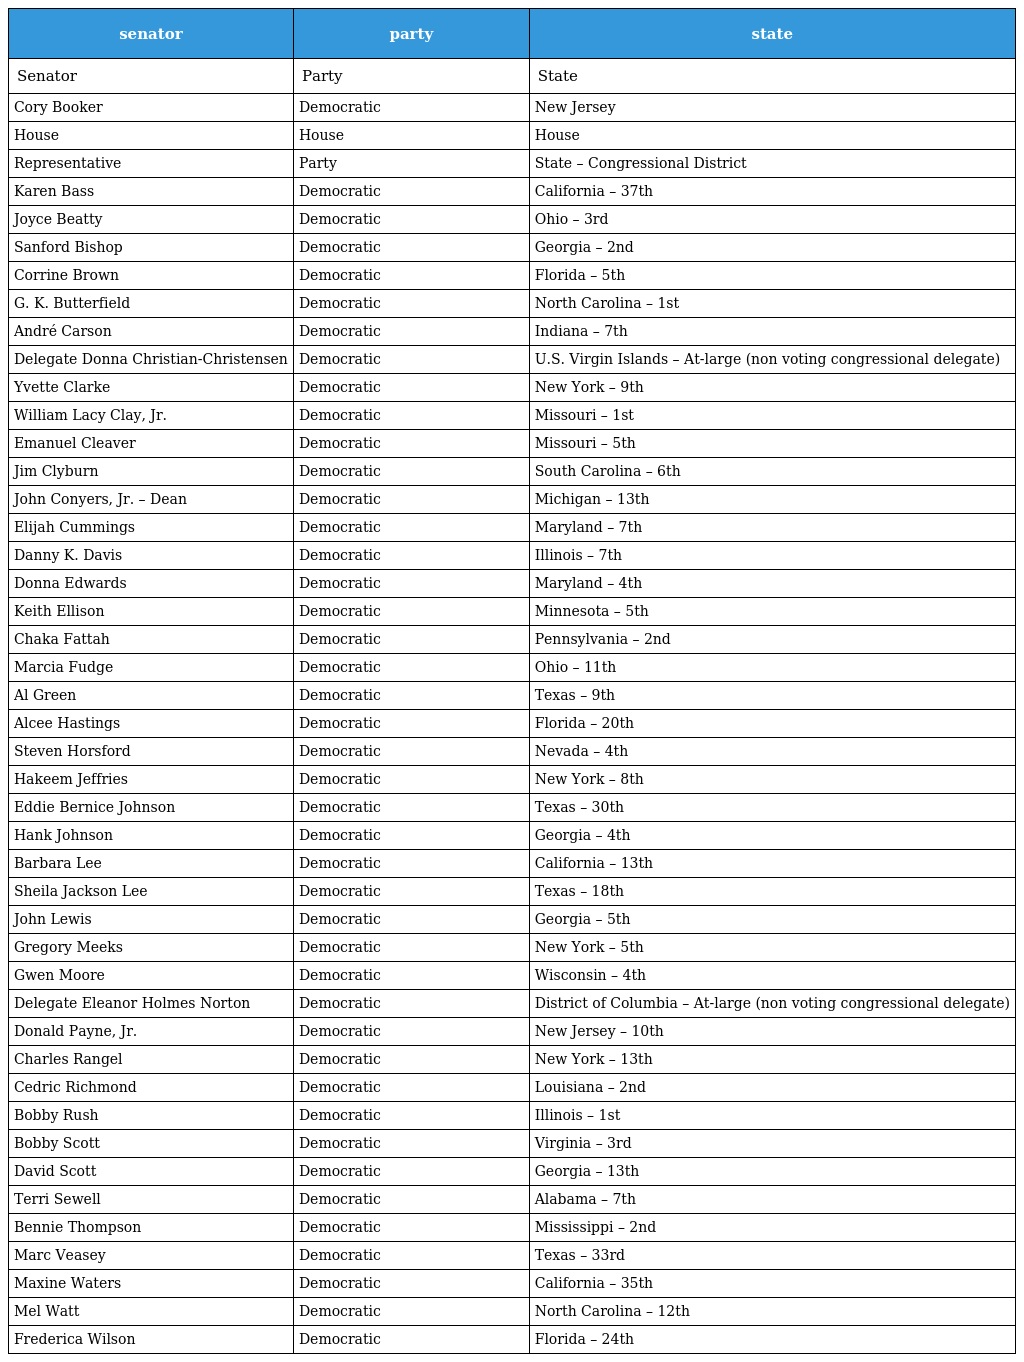
| senator | party | state |
 | --- | --- | --- |
 | Senator | Party | State |
 | Cory Booker | Democratic | New Jersey |
 | House | House | House |
 | Representative | Party | State – Congressional District |
 | Karen Bass | Democratic | California – 37th |
 | Joyce Beatty | Democratic | Ohio – 3rd |
 | Sanford Bishop | Democratic | Georgia – 2nd |
 | Corrine Brown | Democratic | Florida – 5th |
 | G. K. Butterfield | Democratic | North Carolina – 1st |
 | André Carson | Democratic | Indiana – 7th |
 | Delegate Donna Christian-Christensen | Democratic | U.S. Virgin Islands – At-large (non voting congressional delegate) |
 | Yvette Clarke | Democratic | New York – 9th |
 | William Lacy Clay, Jr. | Democratic | Missouri – 1st |
 | Emanuel Cleaver | Democratic | Missouri – 5th |
 | Jim Clyburn | Democratic | South Carolina – 6th |
 | John Conyers, Jr. – Dean | Democratic | Michigan – 13th |
 | Elijah Cummings | Democratic | Maryland – 7th |
 | Danny K. Davis | Democratic | Illinois – 7th |
 | Donna Edwards | Democratic | Maryland – 4th |
 | Keith Ellison | Democratic | Minnesota – 5th |
 | Chaka Fattah | Democratic | Pennsylvania – 2nd |
 | Marcia Fudge | Democratic | Ohio – 11th |
 | Al Green | Democratic | Texas – 9th |
 | Alcee Hastings | Democratic | Florida – 20th |
 | Steven Horsford | Democratic | Nevada – 4th |
 | Hakeem Jeffries | Democratic | New York – 8th |
 | Eddie Bernice Johnson | Democratic | Texas – 30th |
 | Hank Johnson | Democratic | Georgia – 4th |
 | Barbara Lee | Democratic | California – 13th |
 | Sheila Jackson Lee | Democratic | Texas – 18th |
 | John Lewis | Democratic | Georgia – 5th |
 | Gregory Meeks | Democratic | New York – 5th |
 | Gwen Moore | Democratic | Wisconsin – 4th |
 | Delegate Eleanor Holmes Norton | Democratic | District of Columbia – At-large (non voting congressional delegate) |
 | Donald Payne, Jr. | Democratic | New Jersey – 10th |
 | Charles Rangel | Democratic | New York – 13th |
 | Cedric Richmond | Democratic | Louisiana – 2nd |
 | Bobby Rush | Democratic | Illinois – 1st |
 | Bobby Scott | Democratic | Virginia – 3rd |
 | David Scott | Democratic | Georgia – 13th |
 | Terri Sewell | Democratic | Alabama – 7th |
 | Bennie Thompson | Democratic | Mississippi – 2nd |
 | Marc Veasey | Democratic | Texas – 33rd |
 | Maxine Waters | Democratic | California – 35th |
 | Mel Watt | Democratic | North Carolina – 12th |
 | Frederica Wilson | Democratic | Florida – 24th |